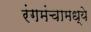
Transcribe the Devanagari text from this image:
रंगमंचामध्ये